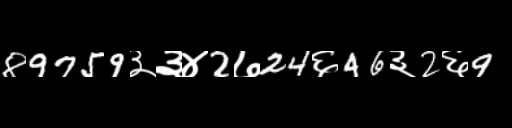
Text: 89759३३४2७24६46३2६9